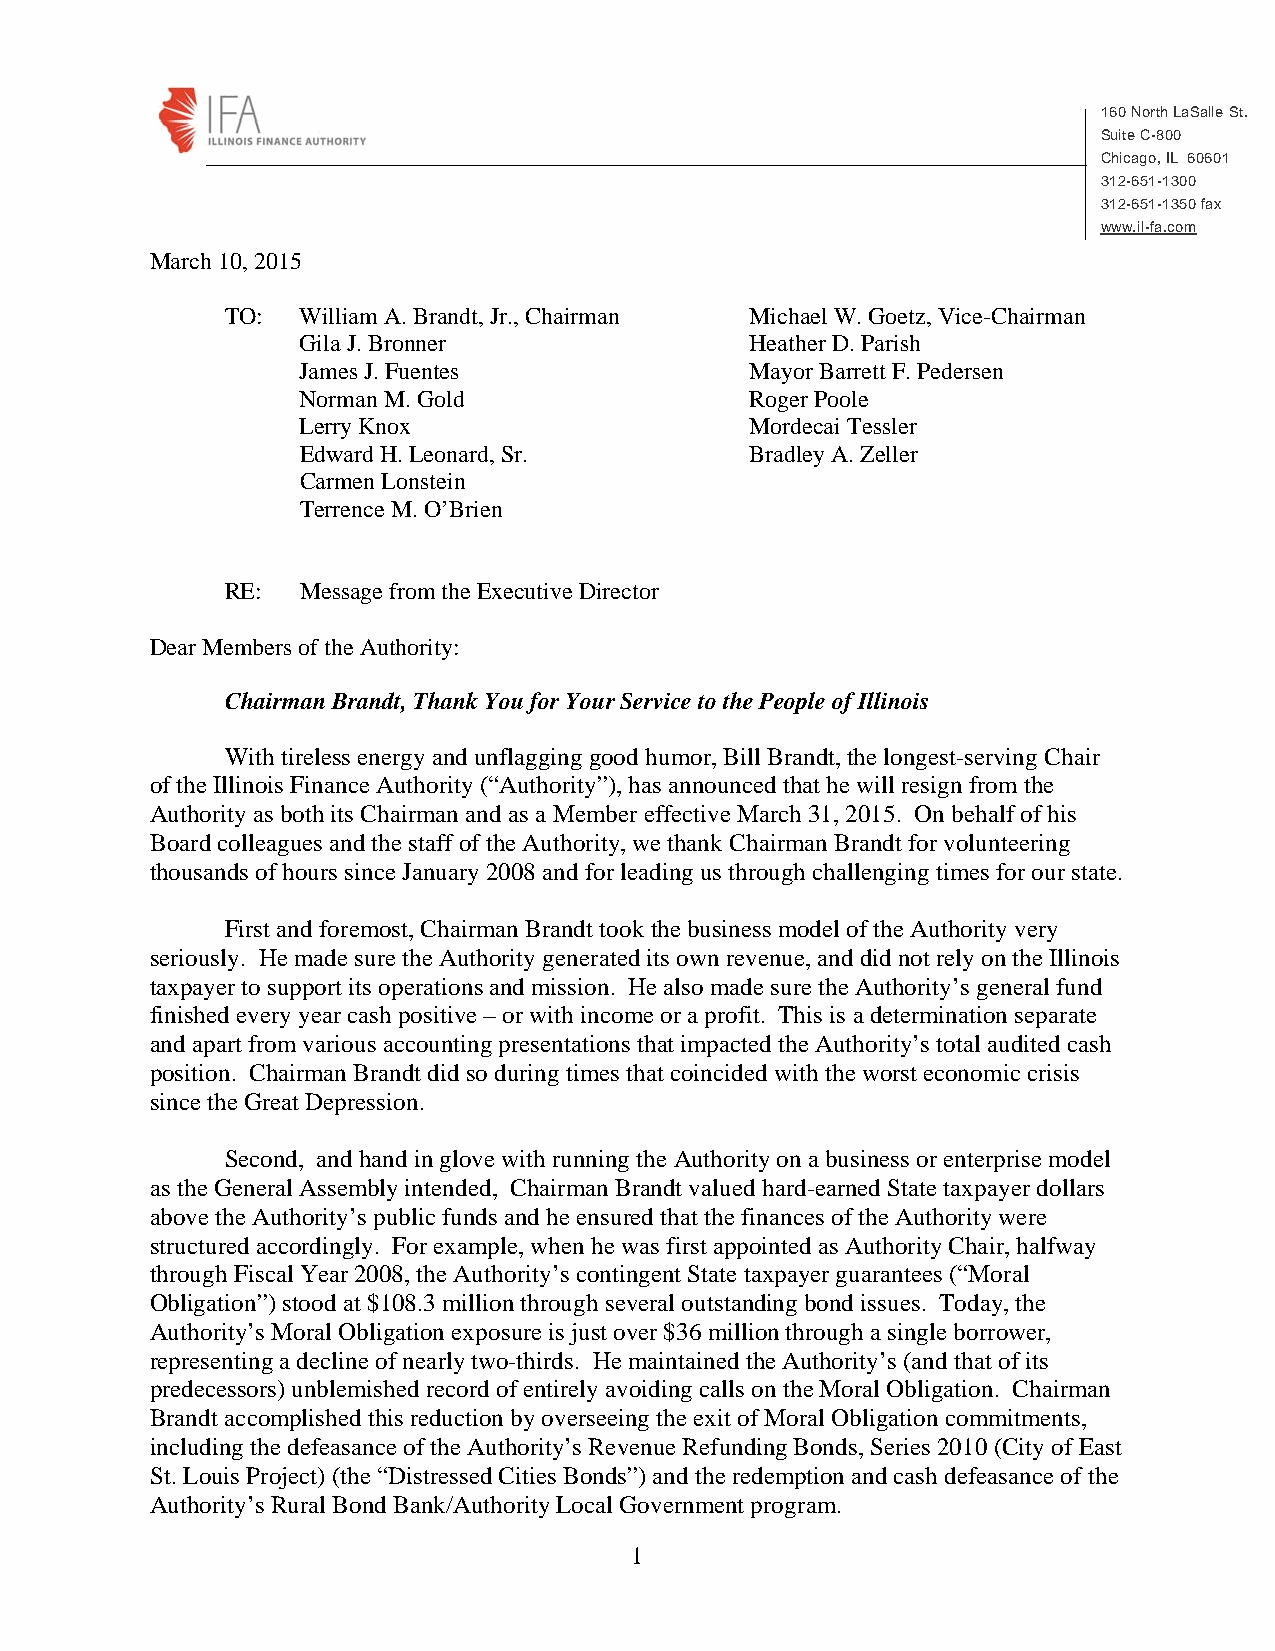
160 North LaSalle St.
 Suite C-800
 Chicago, IL 60601
 312-651-1300
 312-651-1350 fax
 www.il-fa.com
 March 10, 2015
 TO:  William A. Brandt, Jr., Chairman Michael W. Goetz, Vice-Chairman
 Gila J. Bronner               Heather D. Parish
 James J. Fuentes              Mayor Barrett F. Pedersen
 Norman M. Gold                Roger Poole
 Lerry Knox                    Mordecai Tessler
 Edward H. Leonard, Sr.        Bradley A. Zeller
 Carmen Lonstein
 Terrence M. O’Brien
 RE:  Message from the Executive Director
 Dear Members of the Authority:
 Chairman Brandt, Thank You for Your Service to the People of Illinois
 With tireless energy and unflagging good humor, Bill Brandt, the longest-serving Chair
 of the Illinois Finance Authority (“Authority”), has announced that he will resign from the
 Authority as both its Chairman and as a Member effective March 31, 2015. On behalf of his
 Board colleagues and the staff of the Authority, we thank Chairman Brandt for volunteering
 thousands of hours since January 2008 and for leading us through challenging times for our state.
 First and foremost, Chairman Brandt took the business model of the Authority very
 seriously. He made sure the Authority generated its own revenue, and did not rely on the Illinois
 taxpayer to support its operations and mission. He also made sure the Authority’s general fund
 finished every year cash positive – or with income or a profit. This is a determination separate
 and apart from various accounting presentations that impacted the Authority’s total audited cash
 position. Chairman Brandt did so during times that coincided with the worst economic crisis
 since the Great Depression.
 Second, and hand in glove with running the Authority on a business or enterprise model
 as the General Assembly intended, Chairman Brandt valued hard-earned State taxpayer dollars
 above the Authority’s public funds and he ensured that the finances of the Authority were
 structured accordingly. For example, when he was first appointed as Authority Chair, halfway
 through Fiscal Year 2008, the Authority’s contingent State taxpayer guarantees (“Moral
 Obligation”) stood at $108.3 million through several outstanding bond issues. Today, the
 Authority’s Moral Obligation exposure is just over $36 million through a single borrower,
 representing a decline of nearly two-thirds. He maintained the Authority’s (and that of its
 predecessors) unblemished record of entirely avoiding calls on the Moral Obligation. Chairman
 Brandt accomplished this reduction by overseeing the exit of Moral Obligation commitments,
 including the defeasance of the Authority’s Revenue Refunding Bonds, Series 2010 (City of East
 St. Louis Project) (the “Distressed Cities Bonds”) and the redemption and cash defeasance of the
 Authority’s Rural Bond Bank/Authority Local Government program.
 1